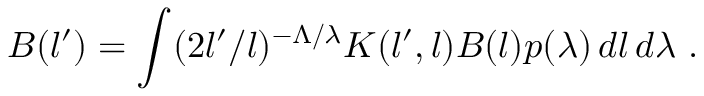
B ( l ^ { \prime } ) = \int ( 2 l ^ { \prime } / l ) ^ { - \Lambda / \lambda } K ( l ^ { \prime } , l ) B ( l ) p ( \lambda ) \, d l \, d \lambda \ .